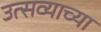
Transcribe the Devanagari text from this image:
उत्सव्याच्या